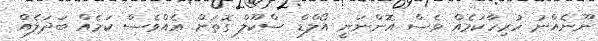
ނޫނެއްނު ހުރިހާކަމެއް ވެސް އޮންނަނީ އޯލްޑް ސްކޫލް ގޮތަށް އެއްވެސް ކަމެއް ބަދަލެއް